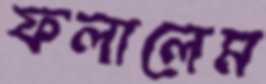
ফলালেম